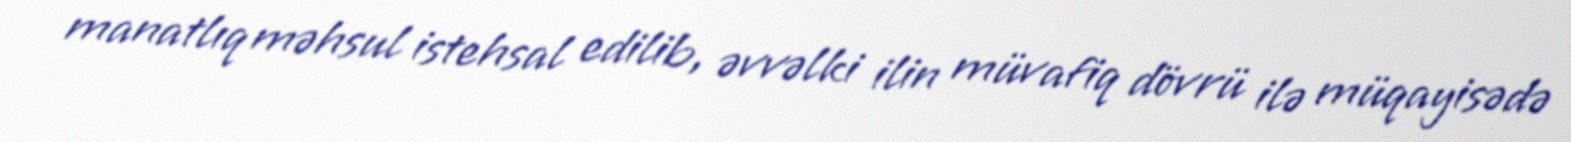
manatlıq məhsul istehsal edilib, əvvəlki ilin müvafiq dövrü ilə müqayisədə